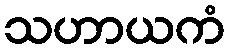
သဟာယကံ